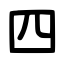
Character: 四